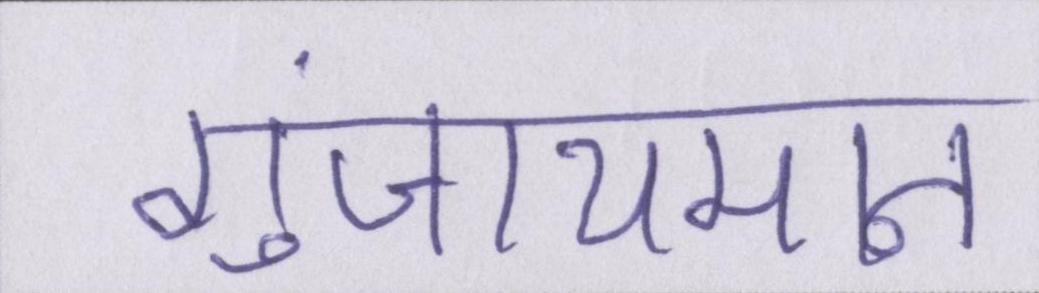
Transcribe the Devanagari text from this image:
गुंजायमान